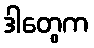
ဒါတွေက